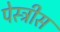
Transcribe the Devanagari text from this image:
पेस्ट्रीस